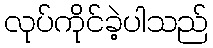
လုပ်ကိုင်ခဲ့ပါသည်